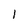
Character: 1